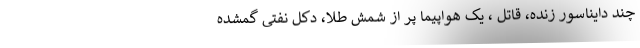
چند دایناسور زنده، قاتل ، یک هواپیما پر از شمش طلا، دکل نفتی گمشده